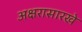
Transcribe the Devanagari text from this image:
अक्षरासारखे